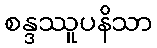
စန္ဒဿူပနိသာ